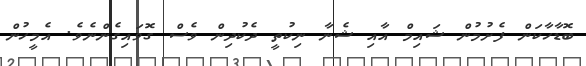
ބޮޑާހާކަން ފެށުމުން ޝައިމް އާއި ޝެނާ ނިކުތީ ދެކުދިން ވެސް ގޮވައިގެންނެވެ. އެމީހުން